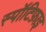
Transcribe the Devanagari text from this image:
स्पॉटिफ़ाइ